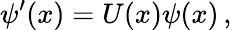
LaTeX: \psi^{\prime}(x)=U(x)\psi(x)\, ,